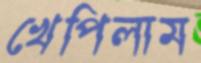
খেপিলাম